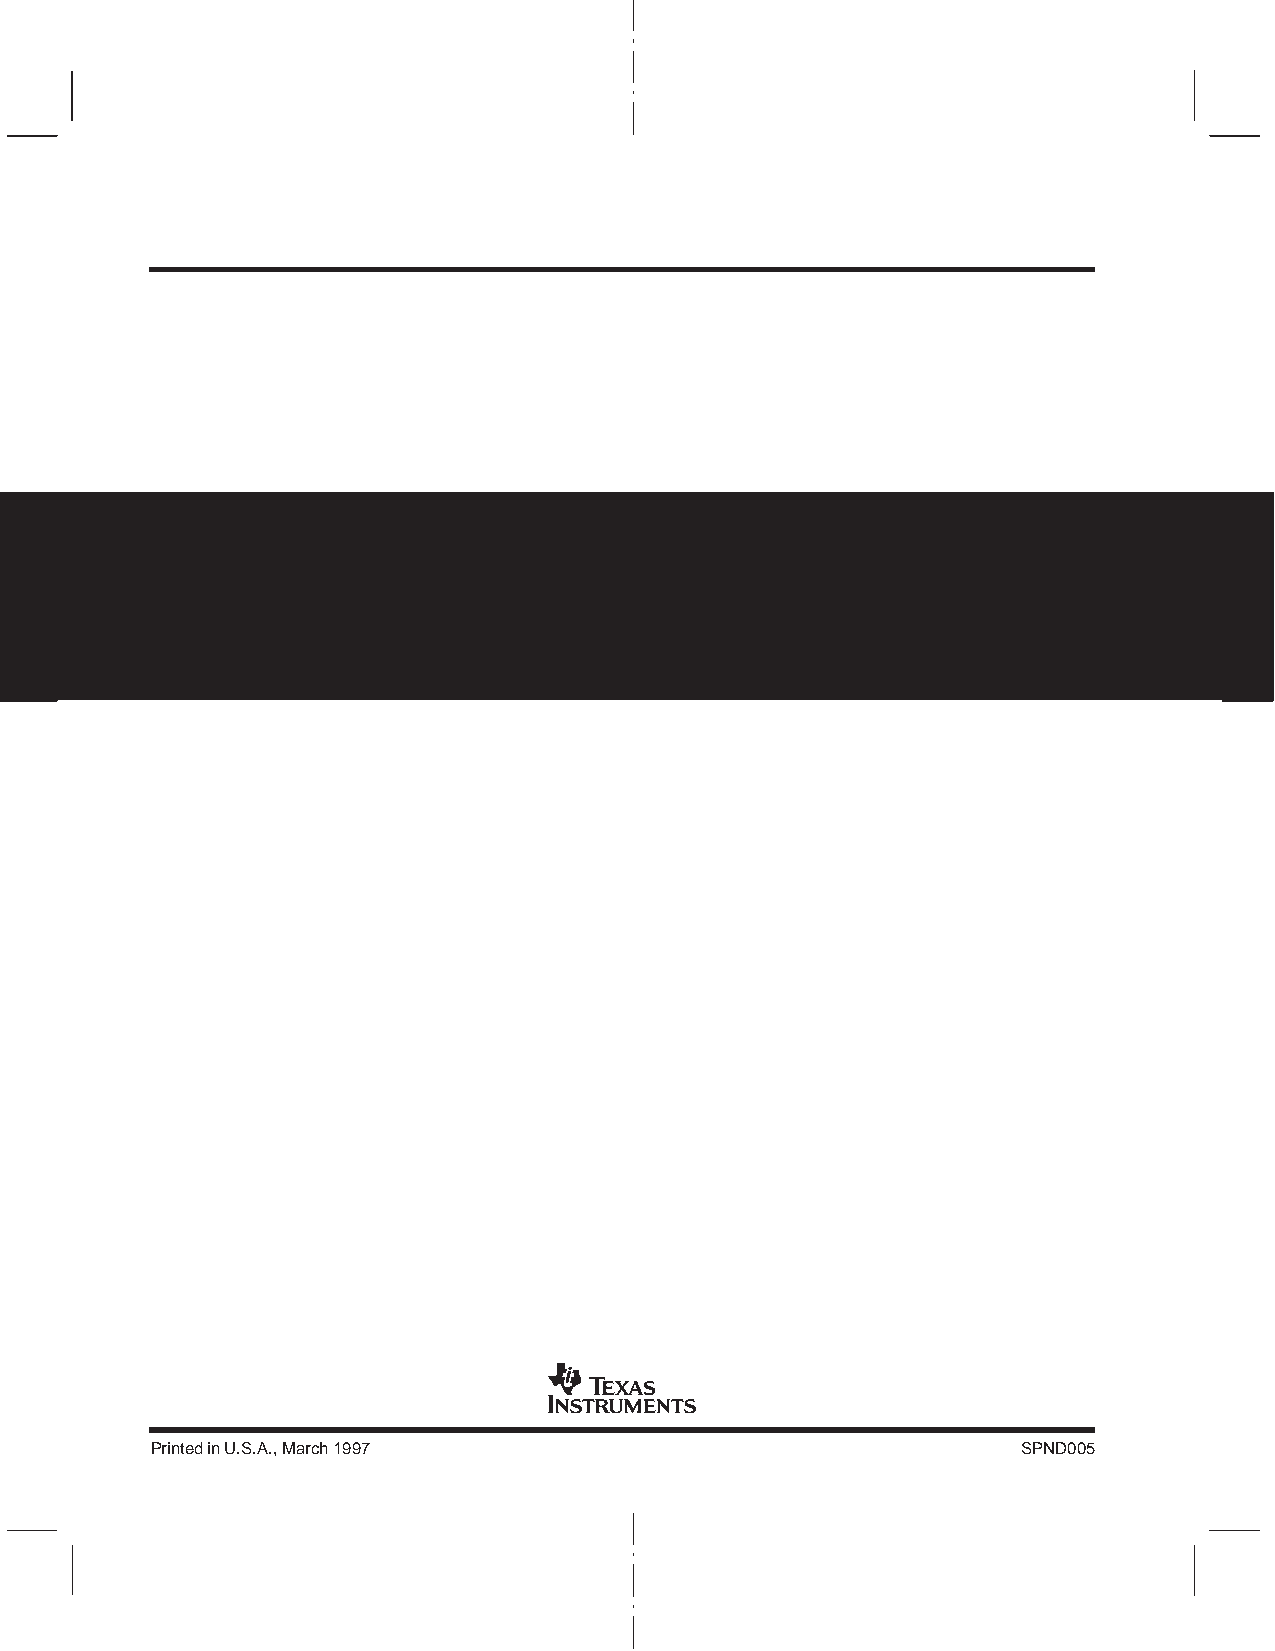
Printed in U.S.A., March 1997                             SPND005